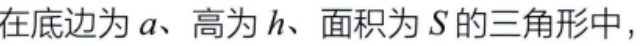
在底边为\(a\)、高为\(h\)、面积为\(S\)的三角形中，